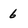
Character: 6